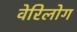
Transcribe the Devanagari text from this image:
वेरिलोग